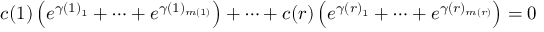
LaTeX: c ( 1 ) \left( e ^ { \gamma ( 1 ) _ { 1 } } + \cdots + e ^ { \gamma ( 1 ) _ { m ( 1 ) } } \right) + \cdots + c ( r ) \left( e ^ { \gamma ( r ) _ { 1 } } + \cdots + e ^ { \gamma ( r ) _ { m ( r ) } } \right) = 0